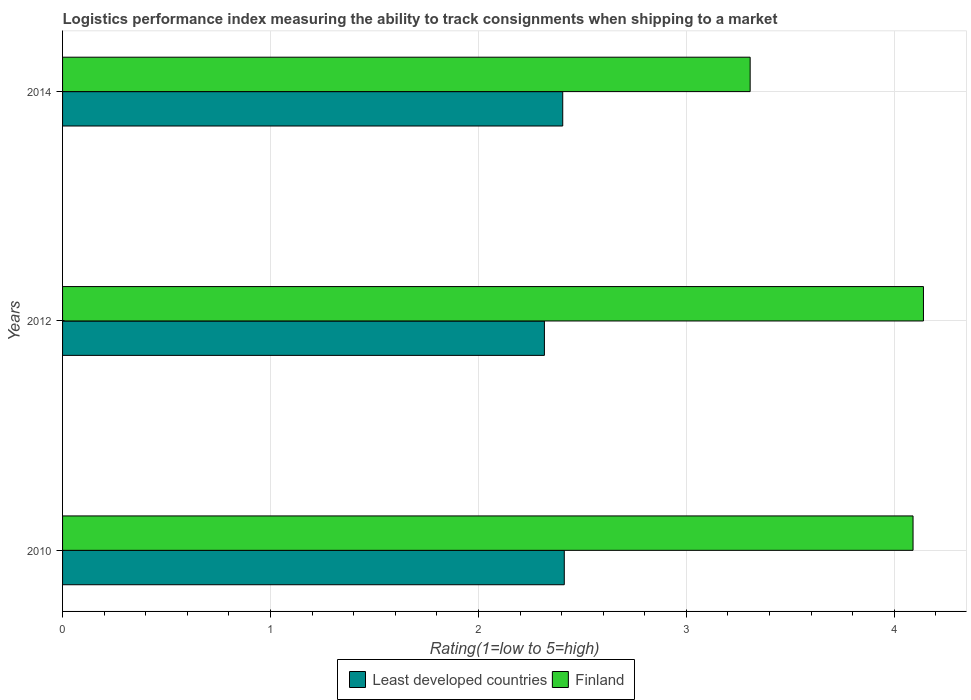
| Years | Least developed countries | Finland |
 | --- | --- | --- |
 | 2010 | 2.41 | 4.09 |
 | 2012 | 2.32 | 4.14 |
 | 2014 | 2.41 | 3.31 |